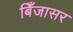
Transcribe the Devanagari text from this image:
बिँजासर